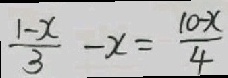
\frac { 1 - x } { 3 } - x = \frac { 1 0 - x } { 4 }